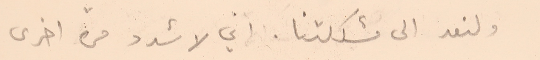
ولنعد الى مشكلتنا. اني لاشدد مرة اخرى